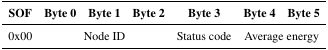
| SOF | Byte 0 | Byte 1 | Byte 2 | Byte 3 | Byte 4 | Byte 5 |
 | --- | --- | --- | --- | --- | --- | --- |
 | 0x00 |  | Node ID |  | Status code | Average | energy |